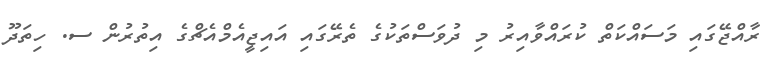
ރާއްޖޭގައި މަސައްކަތް ކުރައްވާއިރު މި ދުވަސްތަކުގެ ތެރޭގައި އައިޖީއެމްއެޗްގެ އިތުރުން ސ. ހިތަދޫ